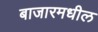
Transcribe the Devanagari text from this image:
बाजारमधील